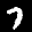
Label: 7